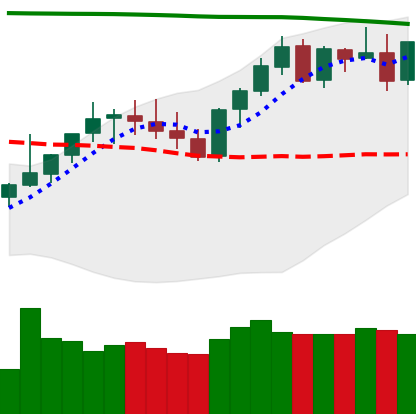
Ticker: XMR-USD
Chart end date: 2021-08-13
Forward return: -7.167%
Label: down_7plus